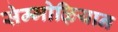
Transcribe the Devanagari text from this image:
सेम्मोऴियान